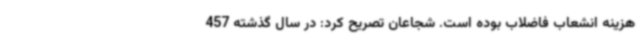
هزینه انشعاب فاضلاب بوده است. شجاعان تصریح کرد: در سال گذشته 457